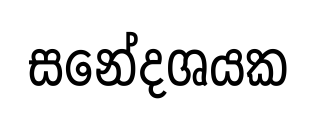
සනේදශයක